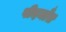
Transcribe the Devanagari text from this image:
पीदमाँत